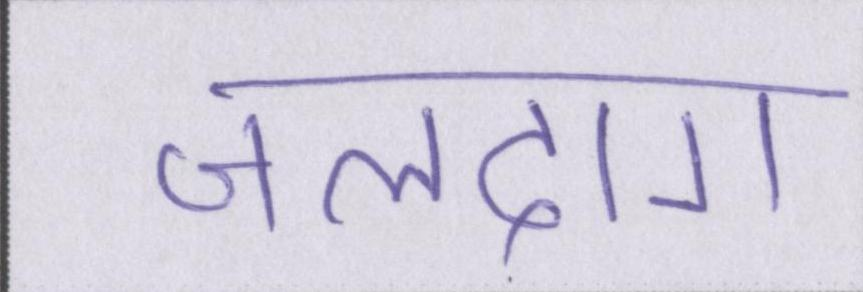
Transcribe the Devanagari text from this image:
जलदाग